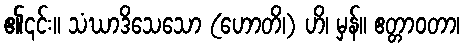
၏၎င်း။ သံဃာဒိသေသော (ဟောတိ၊) ဟိ၊ မှန်။ ဧတ္တာဝတာ၊